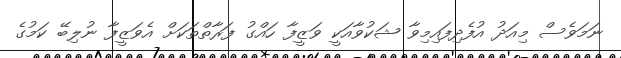
ނަމަވެސް މިއަދު އުފެދިފައިމިވާ ޝަކުވާއަކީ ވަޒީފާ ހައްގު ފަރާތްތަކަށް އެވަޒީފާ ނުލިބޭ ކަމުގެ